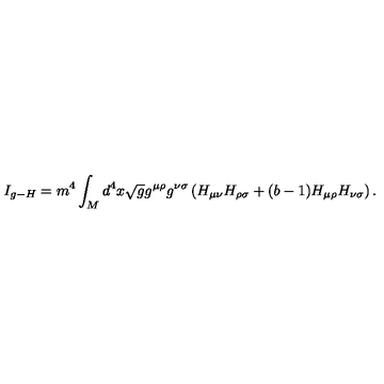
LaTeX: I _ { g - H } = m ^ { 4 } \int _ { M } d ^ { 4 } x \sqrt { g } g ^ { \mu \rho } g ^ { \nu \sigma } \left( H _ { \mu \nu } H _ { \rho \sigma } + ( b - 1 ) H _ { \mu \rho } H _ { \nu \sigma } \right) .